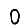
Digit: 0